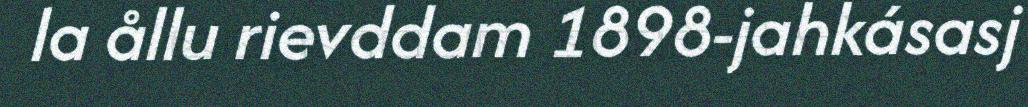
la ållu rievddam 1898-jahkásasj